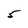
Character: 5